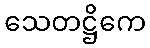
သေတဋ္ဌိကေ